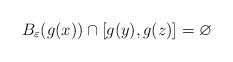
LaTeX: \begin{align*} B_\varepsilon(g(x))\cap[g(y),g(z)]&=\varnothing\\ \end{align*}